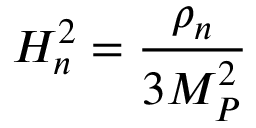
H _ { n } ^ { 2 } = { \frac { \rho _ { n } } { 3 M _ { P } ^ { 2 } } }